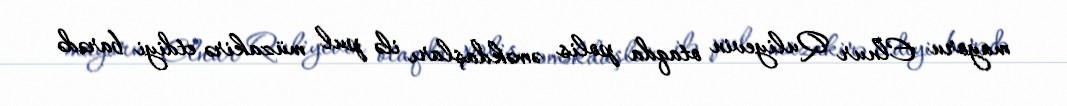
mayoru Elnur Quliyevin otaqda polis əməkdaşları ilə pul müzakirə etdiyi barədə